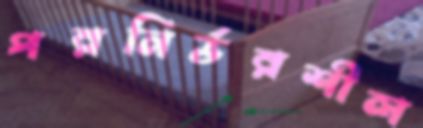
পরনির্ভরশীল